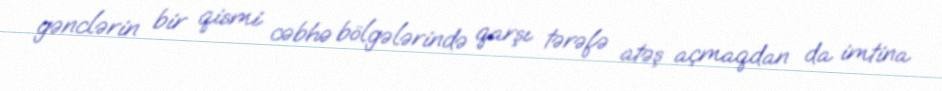
gənclərin bir qismi cəbhə bölgələrində qarşı tərəfə atəş açmaqdan da imtina